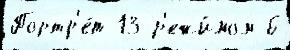
Портр'е́т 13 р'ежи́мом 6